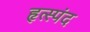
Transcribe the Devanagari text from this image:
हृत्स्पंद